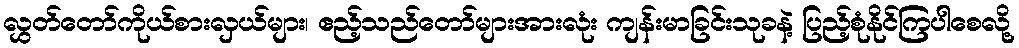
လွှတ်တော်ကိုယ်စားလှယ်များ၊ ဧည့်သည်တော်များအားလုံး ကျန်းမာခြင်းသုခနဲ့ ပြည့်စုံနိုင်ကြပါစေလို့